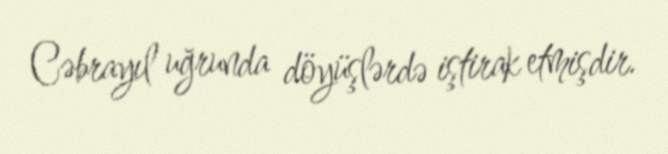
Cəbrayıl uğrunda döyüşlərdə iştirak etmişdir.